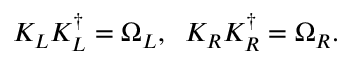
K _ { L } K _ { L } ^ { \dagger } = \Omega _ { L } , \; \; K _ { R } K _ { R } ^ { \dagger } = \Omega _ { R } .